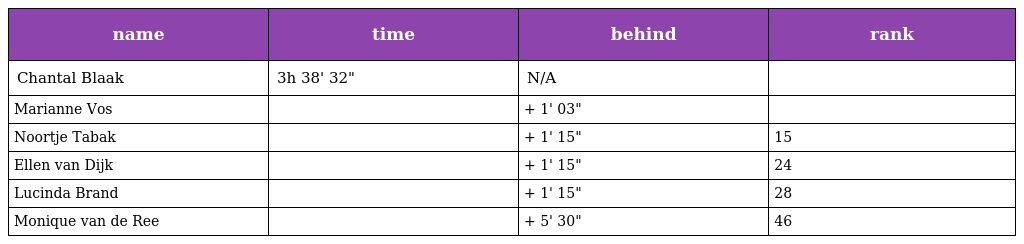
| name | time | behind | rank |
 | --- | --- | --- | --- |
 | Chantal Blaak | 3h 38' 32" | N/A |  |
 | Marianne Vos |  | + 1' 03" |  |
 | Noortje Tabak |  | + 1' 15" | 15 |
 | Ellen van Dijk |  | + 1' 15" | 24 |
 | Lucinda Brand |  | + 1' 15" | 28 |
 | Monique van de Ree |  | + 5' 30" | 46 |